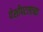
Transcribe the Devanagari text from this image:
पेशीपटलाच्या